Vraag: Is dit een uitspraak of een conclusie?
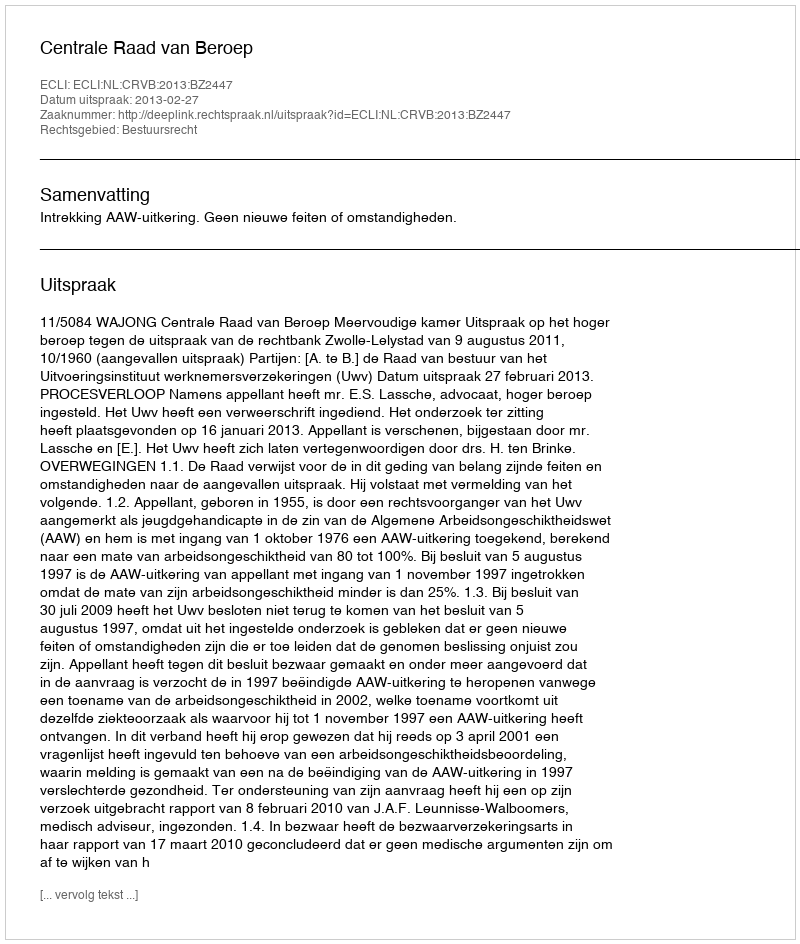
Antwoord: Uitspraak